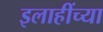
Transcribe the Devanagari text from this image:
इलाहींच्या